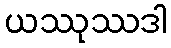
ယဿုဿဒါ